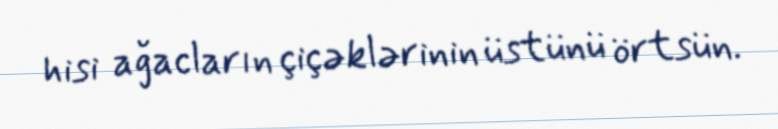
hisi ağacların çiçəklərinin üstünü örtsün.